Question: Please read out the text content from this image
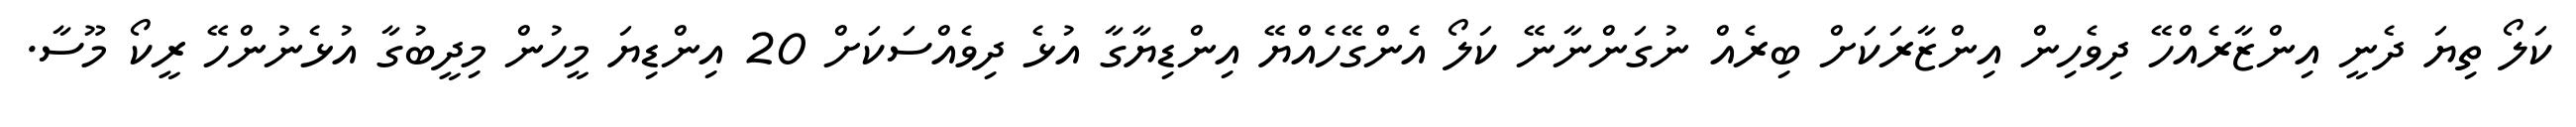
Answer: ކަލޯ ތިޔަ ދެނީ އިންޒާރެއްހޭ ދިވެހިން އިންޒާރަކަށް ބިރެއް ނުގަންނާނޭ ކަލޯ އެންގޭހެއްޔޭ އިންޑިޔާގާ އުޅެ ދިވެއްސަކަށް 20 އިންޑިޔަ މީހުން މިދީބުގާ އުޅެނުންހޭ ރީކޯ މޫސާ.